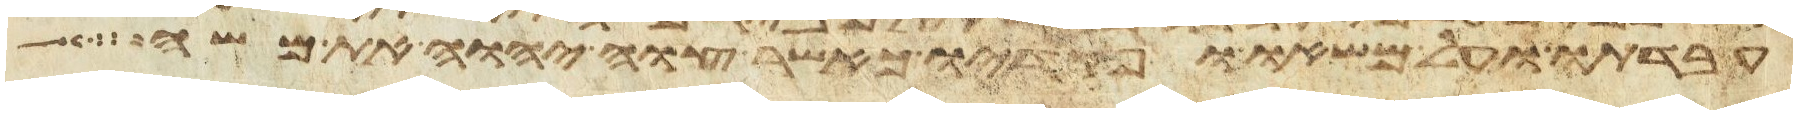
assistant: עבדתו ועל משאו ופקדיו כאשר צוה יהוה את משה